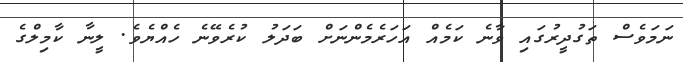
ނަމަވެސް ތަގުދީރުގައި ވާނެ ކަމެއް އަހަރެމެންނަށް ބަދަލު ކުރެވޭނެ ހެއްޔެވެ. ލީނާ ކާމިލްގެ